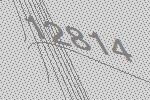
12814